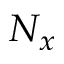
N _ { x }